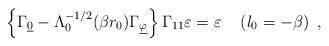
LaTeX: \begin{align*}\left\{\Gamma_{\underline{0}} - \Lambda_0^{-1/2} (\beta r_0)\Gamma_{\underline{\varphi}}\right\} \Gamma_{11}\varepsilon=\varepsilon \quad \left(l_0 = -\beta\right) ~,\end{align*}